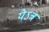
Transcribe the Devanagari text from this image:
येऽत्र